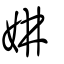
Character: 妌